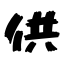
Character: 供